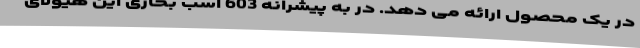
در یک محصول ارائه می دهد. در به پیشرانه 603 اسب بخاری این هیولای